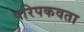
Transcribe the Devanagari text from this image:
परिपकवता